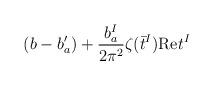
LaTeX: \begin{align*}(b - b'_a) +{b_a^I\over2\pi^2}\zeta(\bar{t}^I){\rm Re}t^I\end{align*}